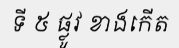
ទី ៥ ផ្លូវ ខាងកើត